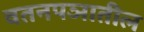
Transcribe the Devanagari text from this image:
वतनपञातील